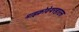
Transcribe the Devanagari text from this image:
माइक्रोवेयरहाउस